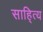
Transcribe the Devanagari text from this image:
साहि्त्य